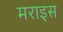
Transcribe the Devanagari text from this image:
मराइस